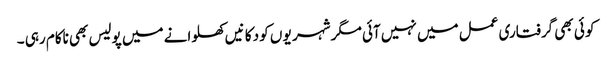
کو ئی بھی گرفتاری عمل میں نہیں آئی مگر شہر یو ں کو دکا نیں کھلوانے میں پولیس بھی ناکام رہی ۔